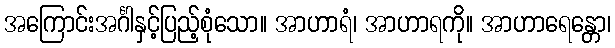
အကြောင်းအင်္ဂါနှင့်ပြည့်စုံသော။ အာဟာရံ၊ အာဟာရကို။ အာဟာရေန္တော၊